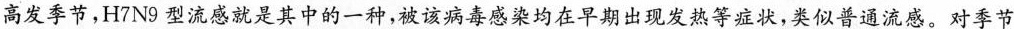
高发季节，H7N9型流感就是其中的一种，被该病毒感染均在早期出现发热等症状，类似普通流感。对季节